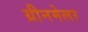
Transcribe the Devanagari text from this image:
ग्रीनमेलर